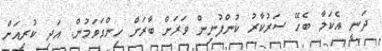
ދަނީ އެކަމާ ބެހޭ ސަރުކާރު ކުންފުނިން ވަަރަށް ބާރަށް ހިންގަވަމުން. އަދި ކުރިއަށް